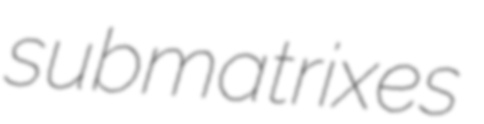
submatrixes